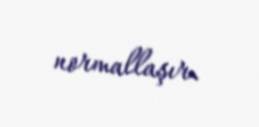
normallaşır.